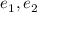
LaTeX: e _ { 1 } , e _ { 2 }